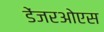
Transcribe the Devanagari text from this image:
डेंजरओएस